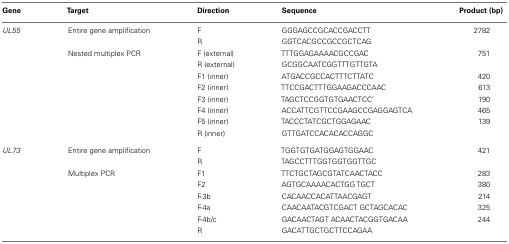
<table><thead><tr><td><b>Gene</b></td><td><b>Target</b></td><td><b>Direction</b></td><td><b>Sequence</b></td><td><b>Product (bp)</b></td></tr></thead><tbody><tr><td><i>UL55</i></td><td>Entire gene amplification</td><td>F</td><td>GGGAGCCGCACCGACCTT</td><td>2782</td></tr><tr><td></td><td></td><td>R</td><td>GGTCACGCCGCCGCTCAG</td><td></td></tr><tr><td></td><td>Nested multiplex PCR</td><td>F (external)</td><td>TTTGGAGAAAACGCCGAC</td><td>751</td></tr><tr><td></td><td></td><td>R (external)</td><td>GCGGCAATCGGTTTGTTGTA</td><td></td></tr><tr><td></td><td></td><td>F1 (inner)</td><td>ATGACCGCCACTTTCTTATC</td><td>420</td></tr><tr><td></td><td></td><td>F2 (inner)</td><td>TTCCGACTTTGGAAGACCCAAC</td><td>613</td></tr><tr><td></td><td></td><td>F3 (inner)</td><td>TAGCTCCGGTGTGAACTCC′</td><td>190</td></tr><tr><td></td><td></td><td>F4 (inner)</td><td>ACCATTCGTTCCGAAGCCGAGGAGTCA</td><td>465</td></tr><tr><td></td><td></td><td>F5 (inner)</td><td>TACCCTATCGCTGGAGAAC</td><td>139</td></tr><tr><td></td><td></td><td>R (inner)</td><td>GTTGATCCACACACCAGGC</td><td></td></tr><tr><td><i>UL73</i></td><td>Entire gene amplification</td><td>F</td><td>TGGTGTGATGGAGTGGAAC</td><td>421</td></tr><tr><td></td><td></td><td>R</td><td>TAGCCTTTGGTGGTGGTTGC</td><td></td></tr><tr><td></td><td>Multiplex PCR</td><td>F1</td><td>TTCTGCTAGCGTATCAACTACC</td><td>283</td></tr><tr><td></td><td></td><td>F2</td><td>AGTGCAAAACACTGG TGCT</td><td>380</td></tr><tr><td></td><td></td><td>F-3b</td><td>CACAACCACATTAACGAGT</td><td>214</td></tr><tr><td></td><td></td><td>F-4a</td><td>CAACAATACGTCGACT GCTAGCACAC</td><td>325</td></tr><tr><td></td><td></td><td>F-4b/c</td><td>GACAACTAGT ACAACTACGGTGACAA</td><td>244</td></tr><tr><td></td><td></td><td>R</td><td>GACATTGCTGCTTCCAGAA</td><td></td></tr></tbody></table>